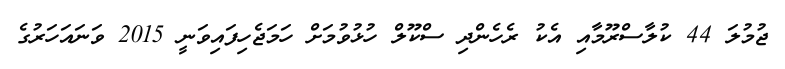
ޖުމުލަ 44 ކުލާސްރޫމާއި އެކު ރެހެންދި ސްކޫލް ހުޅުވުމަށް ހަމަޖެހިފައިވަނީ 2015 ވަނައަހަރުގެ